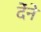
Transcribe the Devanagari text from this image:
देंने